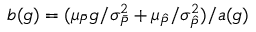
b ( g ) = ( \mu _ { \bar { P } } g / \sigma _ { \bar { P } } ^ { 2 } + \mu _ { \hat { P } } / \sigma _ { \hat { P } } ^ { 2 } ) / a ( g )